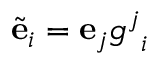
{ \tilde { \mathbf { e } } } _ { i } = \mathbf { e } _ { j } { g ^ { j } } _ { i }